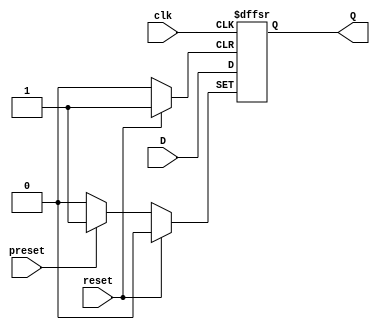
module DFF_with_preset(
    input wire D,
    input wire clk,
    input wire preset,
    input wire reset,
    output reg Q
);

always @(posedge clk or posedge preset or posedge reset) begin
    if (preset) begin
        Q <= 1'b1;
    end else if (reset) begin
        Q <= 1'b0;
    end else begin
        Q <= D;
    end
end

endmodule